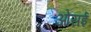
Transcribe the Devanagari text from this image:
ओसई